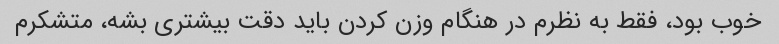
خوب بود، فقط به نظرم در هنگام وزن کردن باید دقت بیشتری بشه، متشکرم